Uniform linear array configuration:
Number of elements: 8
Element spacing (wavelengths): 0.5
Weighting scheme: exponential
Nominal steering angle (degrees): -30
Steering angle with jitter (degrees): -31.01
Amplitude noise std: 0.05
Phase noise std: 0.05

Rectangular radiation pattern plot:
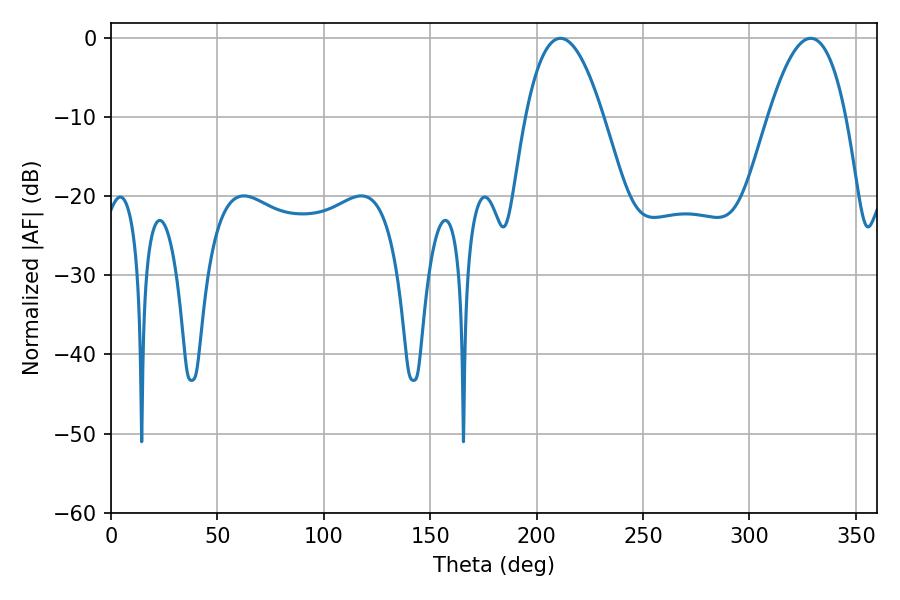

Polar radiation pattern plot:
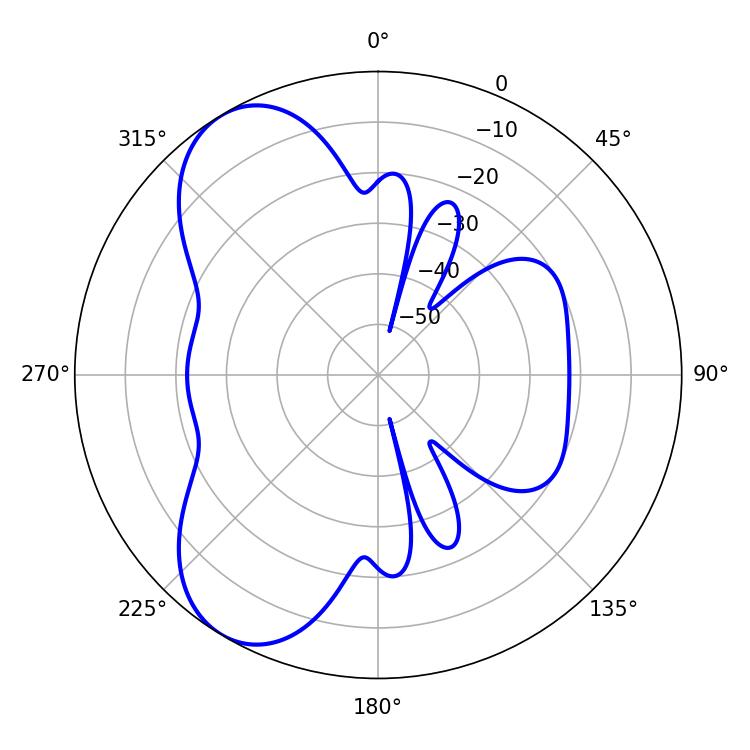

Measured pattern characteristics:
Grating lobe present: FALSE
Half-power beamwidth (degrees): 19.98
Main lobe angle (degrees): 211.14